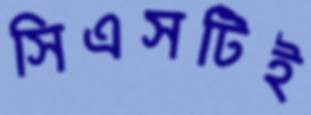
সিএসটিই